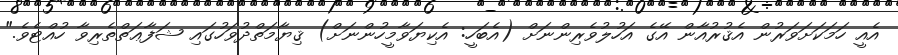
އެއީ ހަމަކަށަވަރުން އެޤުރުއާން އޭގެ އަހުލުވެރިންނަށް (އެބަހީ: އެކިޔަވާމީހުންނަށް) ޤިޔާމަތްދުވަހުގައި ޝަފާޢަތްތެރިވާ ހުއްޓެވެ."